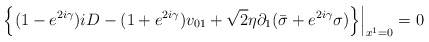
\begin{align*}\left.\left\{(1-e^{2i\gamma})iD-(1+e^{2i\gamma})v_{01}+{\sqrt 2}\eta \partial_1({\bar \sigma}+e^{2i\gamma}\sigma)\right\}\right|_{x^1=0}=0\end{align*}